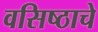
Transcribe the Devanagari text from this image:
वसिष्ठाचे